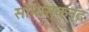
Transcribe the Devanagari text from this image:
सोमास्कन्द